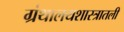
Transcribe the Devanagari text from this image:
ग्रंथालयशास्त्रातली